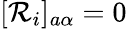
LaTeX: [\mathcal{R}_{i}]_{a\alpha}=0